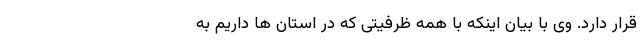
قرار دارد. وی با بیان اینکه با همه ظرفیتی که در استان ها داریم به